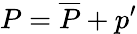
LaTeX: P=\overline{{P}}+p^{\prime}